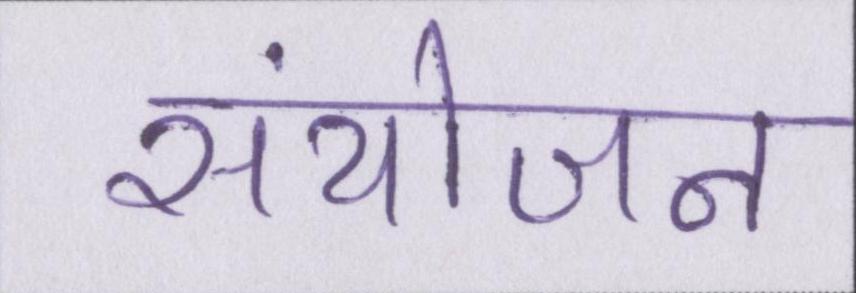
संयोजन